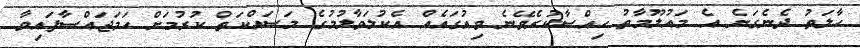
ހާލަތު ދެނެގަނެ އެ މައުލޫމާތު ހިއްސާކުރެވޭނެ ވިއުގައެއް އެކުލަވާލުމުގެ މަސައްކަތް ކުރުމަށް ހަމަޖައްސާފައިވާ